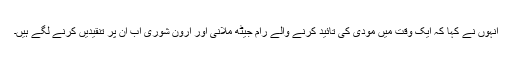
انہوں نے کہا کہ ایک وقت میں مودی کی تائید کرنے والے رام جیٹھ ملانی اور ارون شوری اب ان پر تنقیدیں کرنے لگے ہیں۔